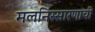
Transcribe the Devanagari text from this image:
मलनिस्सारणाची